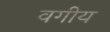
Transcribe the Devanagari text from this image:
वगीय